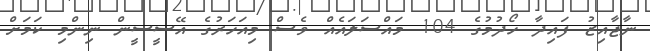
ނާޖާއިޒު ފައިދާ ހޯދުމުގެ 104 މައްސަލައެއް ވެސް މިއަހަރުގެ އޭސީސީން ނިންމި ކަމަށް